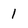
Character: 1